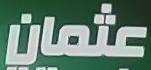
عثمان